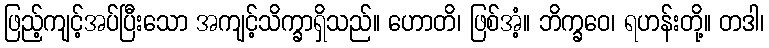
ဖြည့်ကျင့်အပ်ပြီးသော အကျင့်သိက္ခာရှိသည်။ ဟောတိ၊ ဖြစ်အံ့။ ဘိက္ခဝေ၊ ရဟန်းတို့။ တဒါ၊